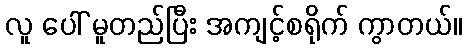
လူ ပေါ် မူတည်ပြီး အကျင့်စရိုက် ကွာတယ်။